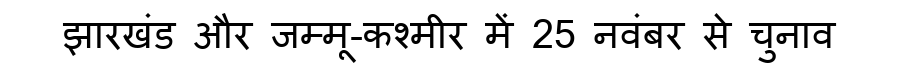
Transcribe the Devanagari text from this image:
झारखंड और जम्मू-कश्मीर में 25 नवंबर से चुनाव